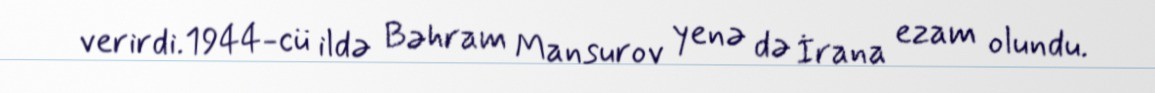
verirdi.1944-cü ildə Bəhram Mansurov yenə də İrana ezam olundu.